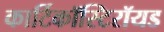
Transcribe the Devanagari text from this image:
कार्टिकॉस्टिरॉयड